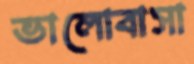
ভালোবাসা